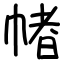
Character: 帾